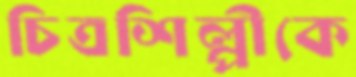
চিত্রশিল্পীকে